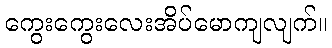
ကွေးကွေးလေးအိပ်မောကျလျက်။